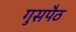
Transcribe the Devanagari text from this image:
गुसपैठ